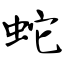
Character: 蛇